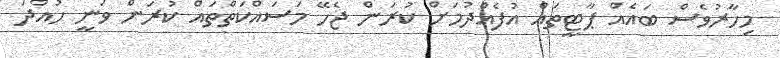
މިހާރުވެސް ބައެއް ޕާޓީތައް އުފެއްދުމަށް ކުރަން ޖެހޭ މަސައްކަތްތައް ކުރަން ވަނީ ހުއްދަ